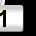
Digit: 1